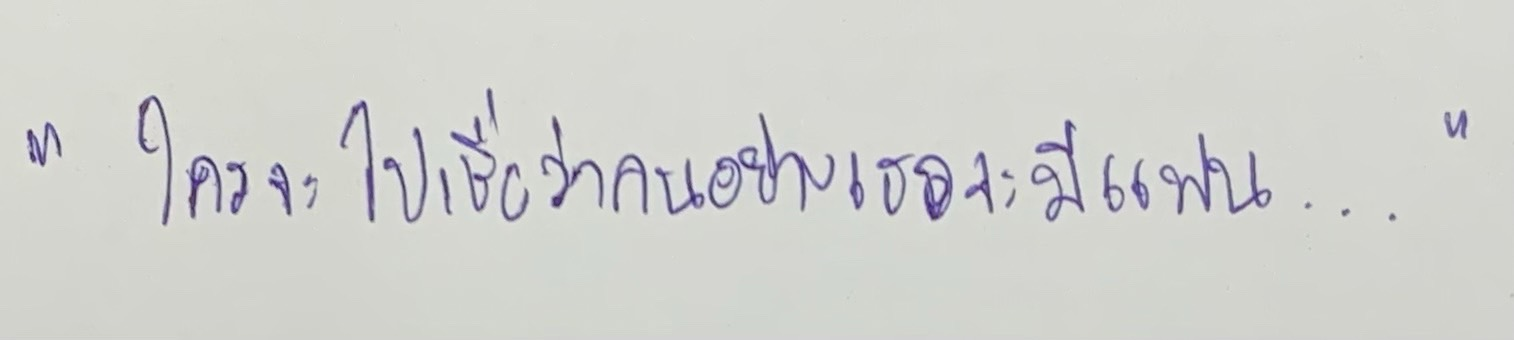
"ใครจะไปเชื่อว่าคนอย่างเธอจะมีแฟน..."